Report on vaccination in Madras 1904-1921 - 1904-1921
Year: 1904
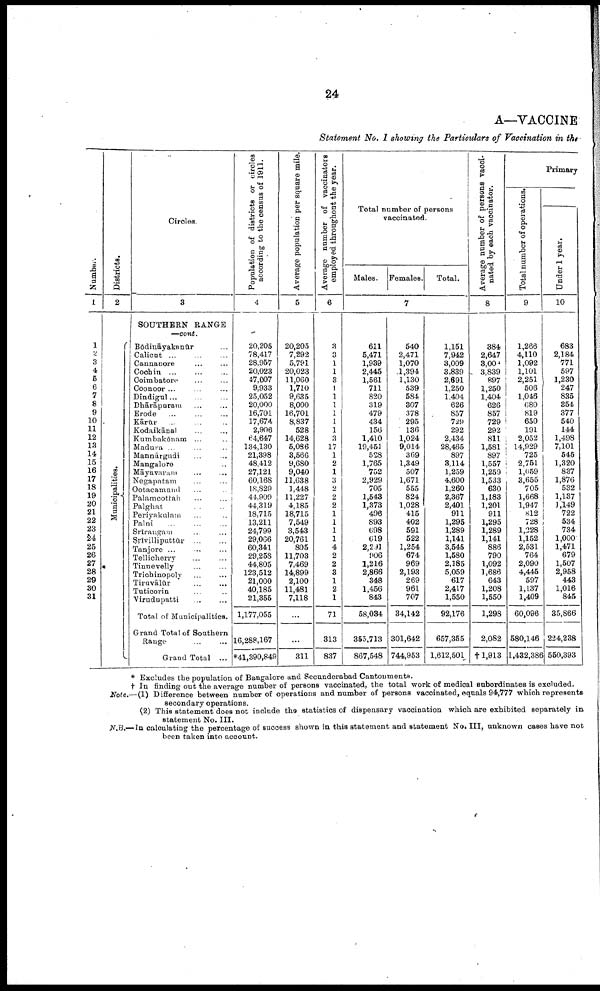
24
A—VACCINE
Statement No. I showing the Particulars of Vaccination in the
Number.
1
1
2
3
4
5
6
7
8
9
10
11
12
13
14
15
16
17
18
19
20
21
22
23
24
25
26
27
28
29
30
31
Districts.
2
Municipalities.
Circles.
3
SOUTHERN RANGE
—cont
Bōdināyakonūr ...
Calicut ... ... ...
Cannanore ... ...
Cochin ... ... ...
Coimbatore ... ...
Coonoor ... ... ...
Dindigul ... ... ...
Dhārāpuram ... ...
Erode
...
...
...
Kārūr ... ... ...
Kodaikānal ... ... ...
Kumbakōnam ... ...
Madura ... ... ...
Mannārgudi ... ... ...
Mangalore ... ... ...
Māyavaram ... ...
Negapatam ... ...
Ootacamund ... ...
Palamcottah
...
...
Palghat ... ... ...
Periyakulam ... ...
Palni
...
...
...
Srīrangam ... ...
Srīvilliputtūr
...
...
Tanjore
...
...
...
Tellicherry ... ...
Tinnevelly ... ...
Trichinopoly ... ...
Tiravālūr
...
...
Tuticorin ... ...
Virudupatti ... ...
Total of Municipalities.
Grand Total of Southern
Range
...
...
Grand Total ...
Population of districts or circles
according to the census of 1911.
4
20,205
78,417
28,957
20,023
47,007
9,933
25,052
20,000
16,701
17,674
2,906
64,647
134,130
21,398
48,412
27,121
60,168
18,829
44,909
44,319
18,715
13,211
24,799
29,066
60,341
29,258
44,805
123,512
21,000
40,185
21,355
1,177,055
16,288,167
*41,390,849
Average population per square mile.
5
20,205
7,292
5,791
20,023
11,060
1,710
9,635
8,000
16,701
8,837
528
14,628
5,086
3,566
9,680
9,040
11,638
1,448
11,227
4,185
18,715
7,549
3,543
20,761
805
11,703
7,469
14,899
2,100
11,481
7,118
...
...
311
Average number of vaccinators
employed throughout the year.
6
3
3
1
1
3
1
1
1
1
1
1
3
17
1
2
1
3
2
2
2
1
1
1
1
4
2
2
3
1
2
1
71
313
837
Total number of persons
vaccinated.
Males. Females.
Total.
7
611
5,471
1,939
2,445
1,561
711
820
319
479
434
156
1,410
19,451
528
1,765
752
2,929
705
1,543
1,373
496
893
698
619
2,291
906
1,216
2,866
348
1,456
843
58,084
355,713
867,548
540
2,471
1,070
1,394
1,130
539
584
307
378
295
136
1,024
9,014
369
1,349
507
1,671
555
824
1,028
415
402
591
522
1,254
674
969
2,193
269
961
707
34,142
301,642
744,953
1,151
7,942
3,009
3,839
2,691
1,250
1,404
626
857
729
292
2,434
28,465
897
3,114
1,259
4,600
1,260
2,367
2,401
911
1,295
1,289
1,141
3,545
1,580
2,185
5,059
617
2,417
1,550
92,176
657,355
1,612,501
Average number of persons vacci¬
nated by each vaccinator.
8
384
2,647
3,009
3,839
897
1,250
1,404
626
857
729
292
811
1,581
897
1,557
1,259
1,533
630
1,183
1,201
911
1,295
1,289
1,141
886
790
1,092
1,686
643
1,208
1,550
1,298
2,082
†1,913
Primary
Total number of operations.
9
1,266
4,110
1,092
1,101
2,251
506
1,046
680
819
650
191
2,052
14,929
725
2,751
1,059
3,655
705
1,668
1,947
812
728
1,228
1,152
2,531
764
2,090
4,445
597
1,137
1,409
60,096
580,146
1,432,386
Under 1 year.
10
683
2,184
771
597
1,230
247
835
354
377
540
144
1,498
7,101
545
1,320
837
1,876
532
1,137
1,149
722
534
734
1,000
1,471
679
1,507
2,958
443
1,016
845
35,866
224,238
550,393
* Excludes the population of Bangalore and Secunderabad Cantonments.
† In finding out the average number of persons vaccinated, the total work of medical subordinates is excluded.
Note.—(1) Difference between number of operations and number of persons vaccinated, equals 94,777 which represents
secondary operations.
(2) This statement does not include the statistics of dispensary vaccination which are exhibited separately in
statement No. III.
N.B.—In calculating the percentage of success shown in this statement and statement No. III, unknown cases have not
been taken into account.